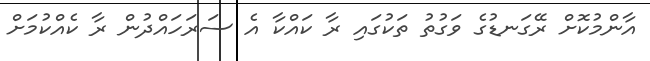
އާންމުކޮށް ރޭގަނޑުގެ ވަގުތު ތަކުގައި ރާ ކައްކާ އެ ސަރަހައްދުން ރާ ކެއްކުމަށް